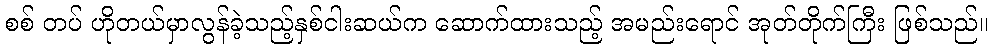
စစ် တပ် ဟိုတယ်မှာလွန်ခဲ့သည့်နှစ်ငါးဆယ်က ဆောက်ထားသည့် အမည်းရောင် အုတ်တိုက်ကြီး ဖြစ်သည်။